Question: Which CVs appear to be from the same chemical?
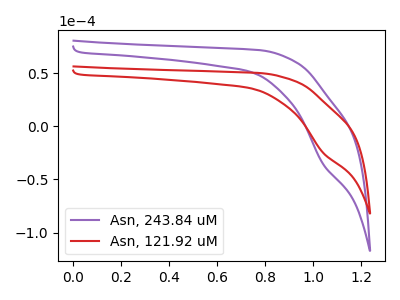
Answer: <think>The purple curve "Asn, 243.84 uM" has a cathodic peak at: (1.05V, -35.25uA). The red curve "Asn, 121.92 uM" has a cathodic peak at: (1.05V, -24.65uA).
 All the peaks in "Asn, 243.84 uM" have a peak in "Asn, 121.92 uM" at the same potential. Every peak in "Asn, 243.84 uM" is higher than every peak in "Asn, 121.92 uM".</think>
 <answer>"Asn, 121.92 uM" and "Asn, 243.84 uM" have the same shape and are likely CV's of the same chemical.</answer>
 <eval>"Asn, 121.92 uM" "Asn, 243.84 uM"</eval>